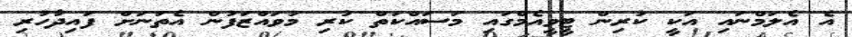
އެ އެލަމްނައި އަކީ ކުރިން ޓީވީއެމްގައިި މަސައްކަތް ކުރި މުވައްޒަފުން އެތަނަށް ފައިދާހުރި